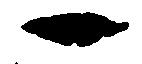
一